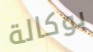
بوكالة